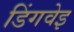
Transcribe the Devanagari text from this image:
डिंगवेइ